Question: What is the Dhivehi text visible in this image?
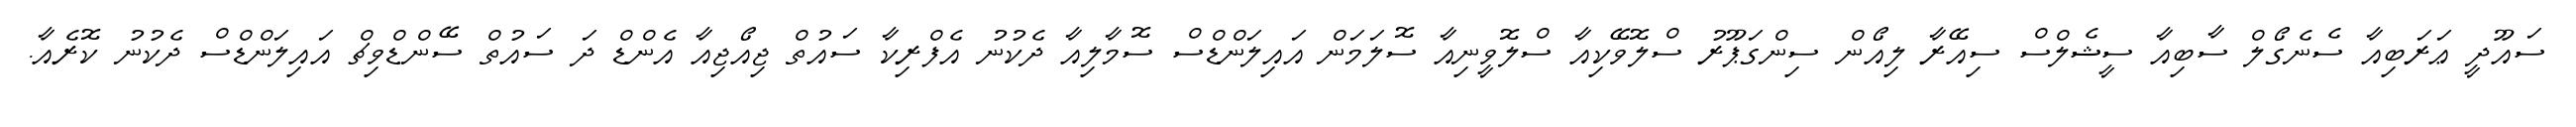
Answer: ސައޫދީ ޢަރަބިއާ ސެނެގޯލް ސާބިއާ ސީޝެލްސް ސިއޭރާ ލިއޯން ސިންގަޕޫރު ސްލޮވޭކިއާ ސްލޮވީނިއާ ސޮލަމަން އައިލަންޑްސް ސޮމާލިއާ ދެކުނު އެފްރިކާ ސައުތް ޖިއޯޖިއާ އެންޑް ދަ ސައުތް ސޭންޑްވިޗް އައިލަންޑްސް ދެކުނު ކޮރެއާ.